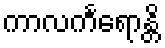
ကာလင်္ကရောန္တိ